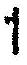
1